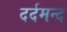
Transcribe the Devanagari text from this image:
दर्दमन्द